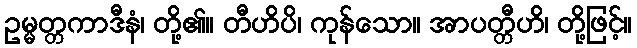
ဥမ္မတ္တကာဒီနံ၊ တို့၏။ တီဟိပိ၊ ကုန်သော။ အာပတ္တီဟိ၊ တို့ဖြင့်။